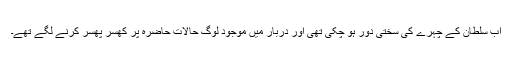
اب سلطان کے چہرے کی سختی دور ہو چکی تھی اور دربار میں موجود لوگ حالات حاضرہ پر کھسر پھسر کرنے لگے تھے۔